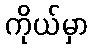
ကိုယ်မှာ